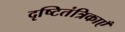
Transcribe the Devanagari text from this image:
दृष्टितंत्रिकाएँ